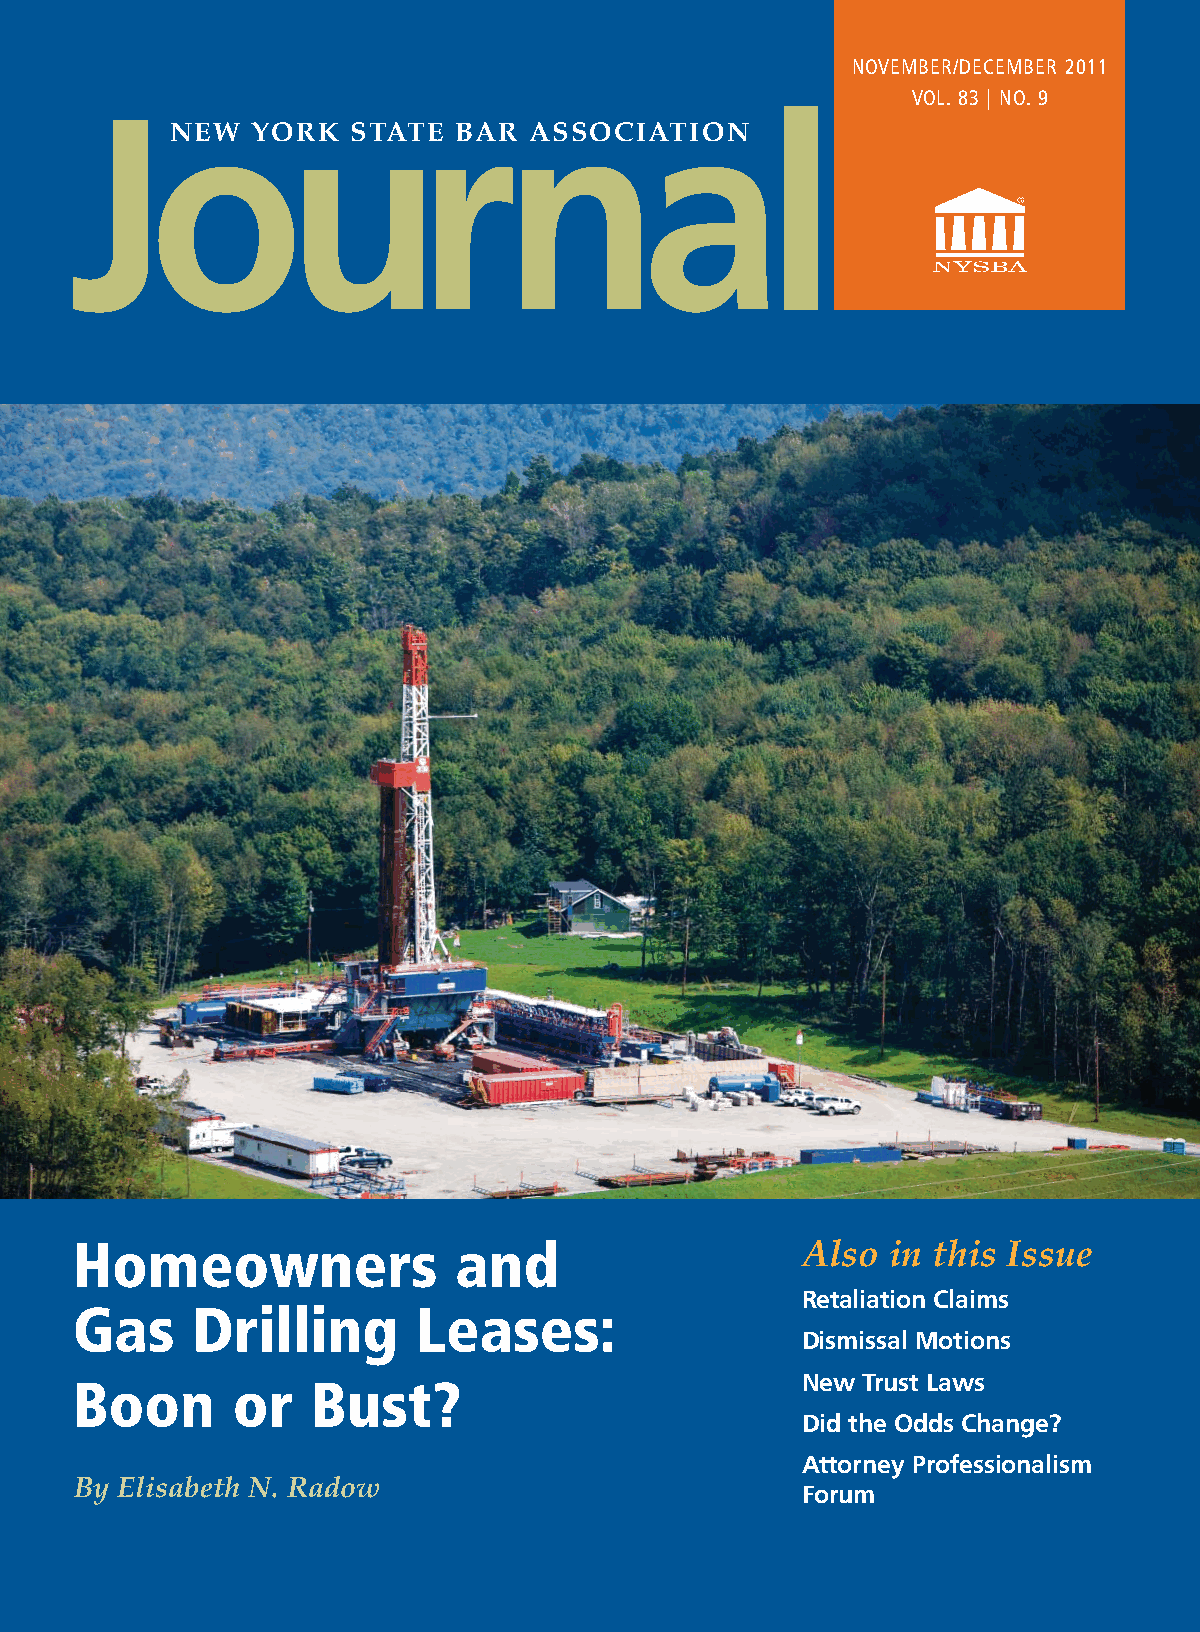
NOVEMBER/DECEMBER 2011
 VOL. 83 | NO. 9
 Journal
 NEW   YORK  STATE  BAR  ASSOCIATION
 Homeowners               and                    Also  in this Issue
 Retaliation Claims
 Gas     Drilling       Leases:
 Dismissal Motions
 New Trust Laws
 Boon      or    Bust?
 Did the Odds Change?
 Attorney Professionalism
 By Elisabeth N. Radow
 Forum